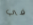
في